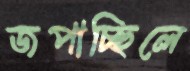
জপাচ্ছিলে